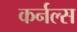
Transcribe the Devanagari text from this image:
कर्नल्स